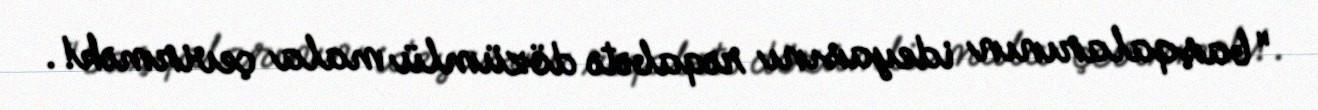
"başqalarının ideyasını rəqabətə dözümlü mala çevirmək!.